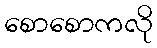
စောစောကလို